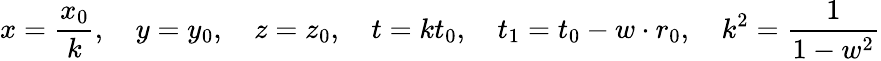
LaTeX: x={\frac{x_{0}}{k}},\quad y=y_{0},\quad z=z_{0},\quad t=kt_{0},\quad t_{1}=t_{0}-w\cdot r_{0},\quad k^{2}={\frac{1}{1-w^{2}}}